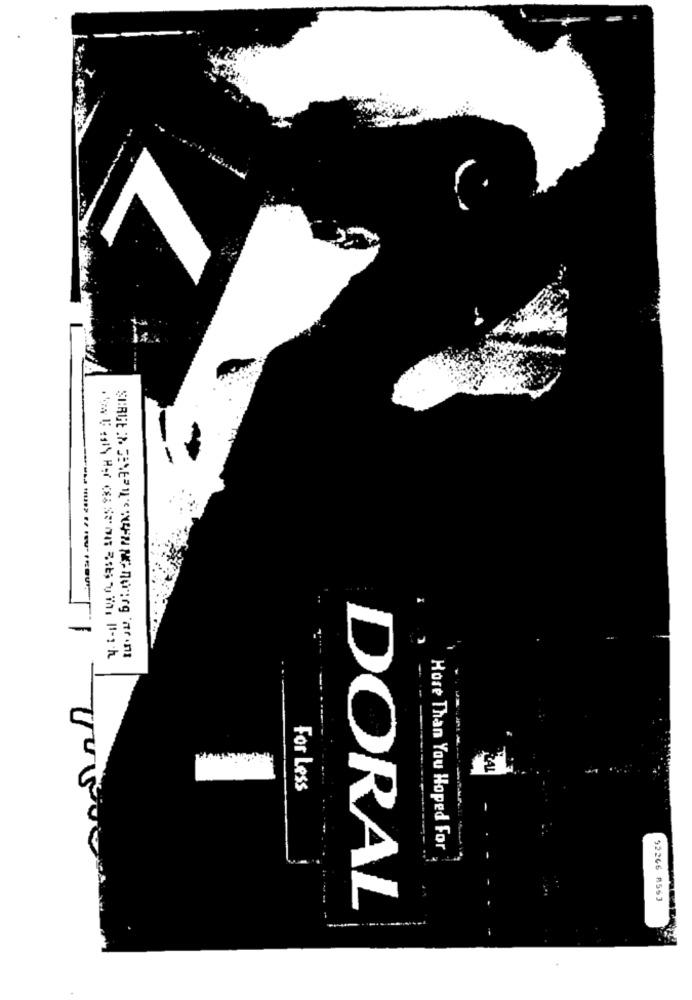
-
STRGE :2. GENEP IL" (4:W NG- na;rg 'nr .ni
For Less
Hore Than You Hoped For
52266 8563
DORAL